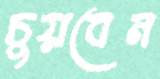
চুয়বেন